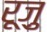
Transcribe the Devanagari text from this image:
रूज़ु